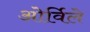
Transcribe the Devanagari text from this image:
ओर्विले